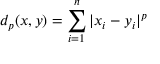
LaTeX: d _ { p } ( x , y ) = \sum _ { i = 1 } ^ { n } | x _ { i } - y _ { i } | ^ { p }